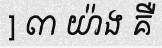
] ៣ យ៉ាង គឺ